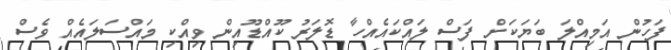
ފަހުން އަމިއްލަ ބަޔަކަށް ފަސް ލައްކައެއްހާ ޑޮލަރު ކޫއްޑޫއިން ވިއްކި މައްސަލައެއް ވެސް